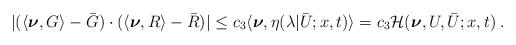
LaTeX: \begin{align*}\begin{aligned}| (\langle\boldsymbol{\nu},G\rangle-\bar G )\cdot (\langle\boldsymbol{\nu},R\rangle- \bar R)| &\le c_3 \langle \boldsymbol{\nu} , \eta (\lambda | \bar U;x,t ) \rangle = c_3 \mathcal{H} ( \boldsymbol{\nu},U,\bar{U};x,t)\;.\end{aligned}\end{align*}